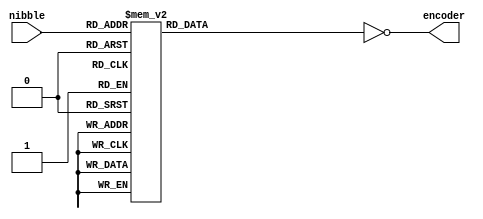
module 
  hex_led_encoder(
                    output  [6:0] encoder,
                    input   [3:0] nibble
                  );
                  

  //---------------------------------------------------
  // hex encoder
  reg [6:0] hex_led_encoder_r;
                  
  always @(*)
    case( nibble )
      4'b0000:  hex_led_encoder_r = 7'h3f;
      4'b0001:  hex_led_encoder_r = 7'h06;
      4'b0010:  hex_led_encoder_r = 7'h5b;
      4'b0011:  hex_led_encoder_r = 7'h4f;
      4'b0100:  hex_led_encoder_r = 7'h66;
      4'b0101:  hex_led_encoder_r = 7'h6d;
      4'b0110:  hex_led_encoder_r = 7'h7d;
      4'b0111:  hex_led_encoder_r = 7'h07;
      4'b1000:  hex_led_encoder_r = 7'h7f;
      4'b1001:  hex_led_encoder_r = 7'h6f;
      4'b1010:  hex_led_encoder_r = 7'h77;
      4'b1011:  hex_led_encoder_r = 7'h7c;
      4'b1100:  hex_led_encoder_r = 7'h39;
      4'b1101:  hex_led_encoder_r = 7'h5e;
      4'b1110:  hex_led_encoder_r = 7'h79;
      4'b1111:  hex_led_encoder_r = 7'h71;
      default:  hex_led_encoder_r = 7'h7f;
    endcase
    
    
  //---------------------------------------------------
  // outputs
  assign encoder = ~hex_led_encoder_r;
  
                  
endmodule